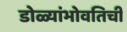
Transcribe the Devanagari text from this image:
डोळ्यांभोवतिची